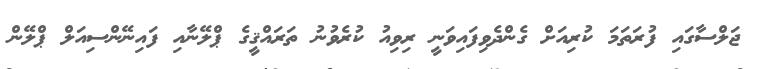
ޖަލްސާގައި ފުރަތަމަ ކުރިއަށް ގެންދެވިފައިވަނީ ރިވިއު ކުރެވުނު ތަރައްޤީގެ ޕްލޭނާއި ފައިނޭންސިއަލް ޕްލޭން